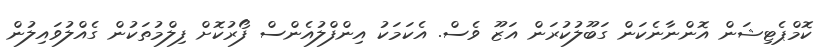
ކޮމްޕެޓިޝަން އޮންނާނެކަން ގަބޫލުކުރަން އަޒޫ ވެސް. އެކަމަކު އިންފްލުއެންސް ފޯރުކޮށް ފިލްމުތަކުން ގެއްލުވައިލުން